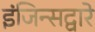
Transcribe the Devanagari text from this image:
इंजिन्सद्वारे